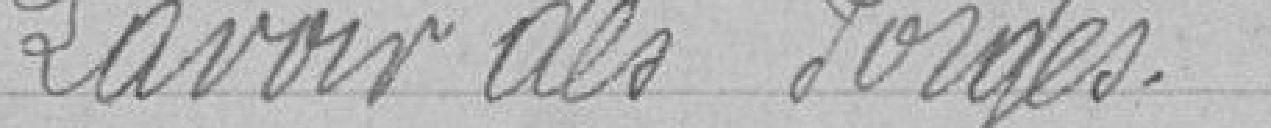
Lavoir des forges